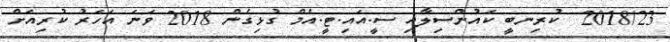
2018/23  ކުރިނބީ ކައުންސިލާއި ސީ.އައި.ޓީ.އެމް ގުޅިގެން 2018 ވަނަ އަހަރު ކުރިއަށް